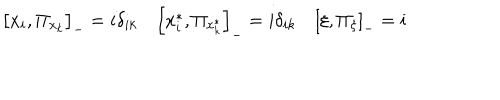
\left[ x _ { i } , \Pi _ { x _ { k } } \right] _ { - } = i \delta _ { i k } \quad \left[ x _ { i } ^ { * } , \Pi _ { x _ { k } ^ { * } } \right] _ { - } = i \delta _ { i k } \quad \left[ \xi , \Pi _ { \xi } \right] _ { - } = i